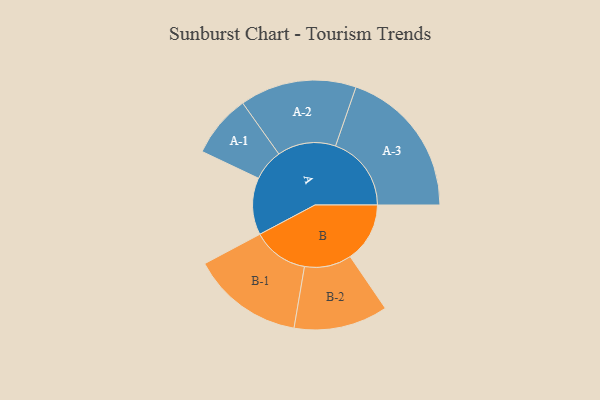
{"axis": {"x": "Segment", "y": "Value"}, "legend": ["", "A", "B"], "data": [{"x": "A", "y": 222, "type": ""}, {"x": "B", "y": 232, "type": ""}, {"x": "A-1", "y": 122, "type": "A"}, {"x": "A-2", "y": 227, "type": "A"}, {"x": "A-3", "y": 295, "type": "A"}, {"x": "B-1", "y": 218, "type": "B"}, {"x": "B-2", "y": 183, "type": "B"}]}